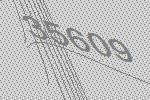
35609